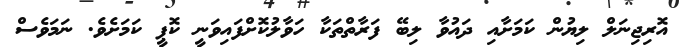
އޮރިޖިނަލް ލިޔުން ކަމަށާއި ދައުވާ ލިބޭ ފަރާތްތަކާ ހަވާލުކޮށްފައިވަނީ ކޮޕީ ކަމަށެވެ. ނަމަވެސް